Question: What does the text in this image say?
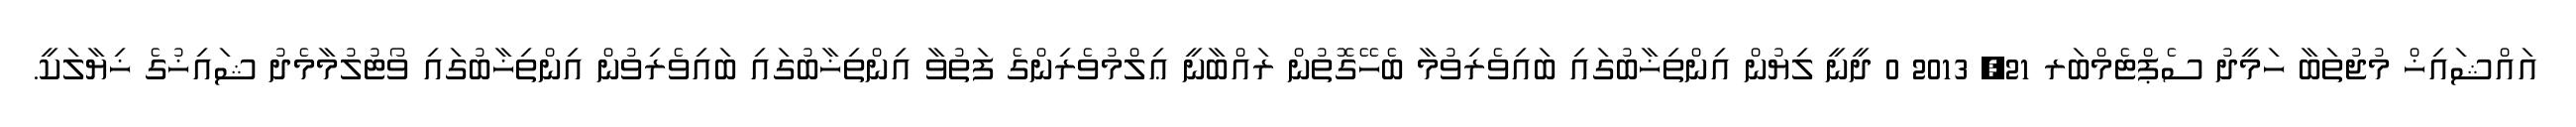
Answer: އައްޝައިޚް މުޖުތަބާ ހަމީދު ސެޕްޓެމްބަރ 21, 2013 0 ދީނީ ލިޔުން އިންތިޚާބުގައި ބައިވެރިވުމާ ބެހޭގޮތުން ރައްބާނީ ޢިލްމުވެރިންގެ ފަތުވާ އިންތިޚާބުގައި ބައިވެރިވުން އިންތިޚާބުގައި ވޯޓުލުމާމެދު ޝައިޚުގެ ޚިޔާލަކީ.